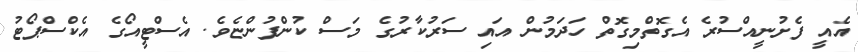
އެއީ ފެށުނީއްސުރެ އެގޮތްމިގޮތް ހަދަމުން އައި ސަރުކާރުގެ މަސް ކުންފުންޏެވެ. އެސްޓީއޯގެ އެކްސްޕޯޓު